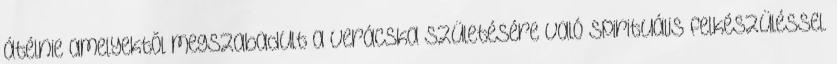
átélnie amelyektõl megszabadult a Verácska születésére való spirituális felkészüléssel.